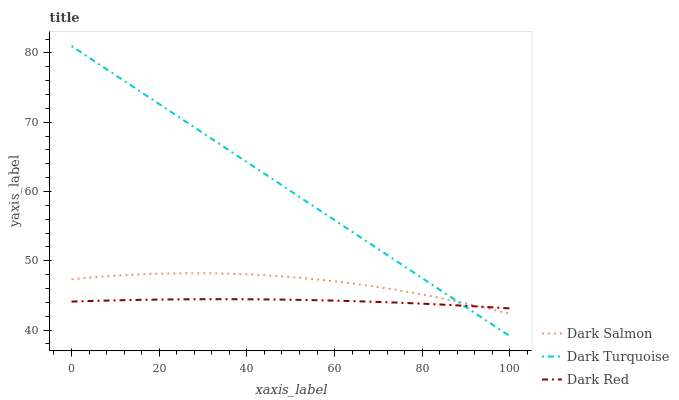
| xaxis_label | Dark Salmon | Dark Turquoise | Dark Red |
 | --- | --- | --- | --- |
 | 0 | 47.3 | 81 | 44.1 |
 | 5.26 | 47.6 | 78.8 | 44.2 |
 | 10.5 | 47.9 | 76.6 | 44.3 |
 | 15.8 | 48 | 74.4 | 44.4 |
 | 21.1 | 48.2 | 72.2 | 44.4 |
 | 26.3 | 48.2 | 70 | 44.4 |
 | 31.6 | 48.2 | 67.8 | 44.5 |
 | 36.8 | 48.1 | 65.6 | 44.5 |
 | 42.1 | 48 | 63.4 | 44.4 |
 | 47.4 | 47.8 | 61.2 | 44.4 |
 | 52.6 | 47.5 | 58.9 | 44.3 |
 | 57.9 | 47.2 | 56.7 | 44.3 |
 | 63.2 | 46.8 | 54.5 | 44.2 |
 | 68.4 | 46.3 | 52.3 | 44.1 |
 | 73.7 | 45.8 | 50.1 | 44 |
 | 78.9 | 45.3 | 47.9 | 43.8 |
 | 84.2 | 44.6 | 45.7 | 43.7 |
 | 89.5 | 43.9 | 43.5 | 43.5 |
 | 94.7 | 43.2 | 41.3 | 43.3 |
 | 100 | 42.3 | 39.1 | 43.1 |